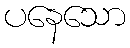
ပနေသော